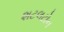
શટલટોન